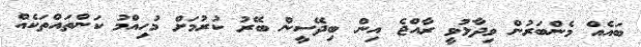
ބައެއް މެންބަރުން ވިދާޅުވީ ރާއްޖެ އިން ބިދޭސީން ބޭރު ކުރުމަށް މުހިއްމު ކަންތައްތަކެއް